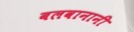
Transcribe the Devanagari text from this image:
बलवानानी